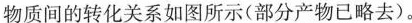
物质间的转化关系如图所示(部分产物已略去)。